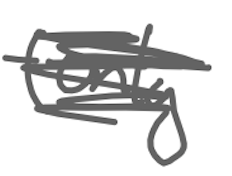
Text: (only
Cross-out: scratch
Writing tool: digital_gray